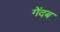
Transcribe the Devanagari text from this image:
गेंदब